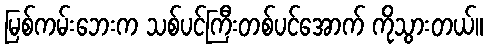
မြစ်ကမ်းဘေးက သစ်ပင်ကြီးတစ်ပင်အောက် ကိုသွားတယ်။